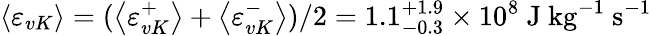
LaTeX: \left\langle\varepsilon_{vK}\right\rangle=(\left\langle\varepsilon_{vK}^{+}\right\rangle+\left\langle\varepsilon_{vK}^{-}\right\rangle)/2=1.1_{-0.3}^{+1.9}\times 10^{8}~\mathrm{J}~\mathrm{kg}^{-1}~\mathrm{s}^{-1}